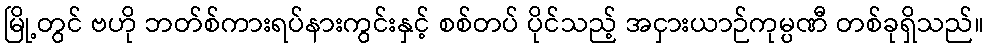
မြို့တွင် ဗဟို ဘတ်စ်ကားရပ်နားကွင်းနှင့် စစ်တပ် ပိုင်သည့် အငှားယာဉ်ကုမ္ပဏီ တစ်ခုရှိသည်။